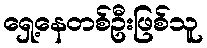
ရှေ့နေတစ်ဦးဖြစ်သူ